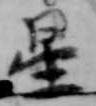
星